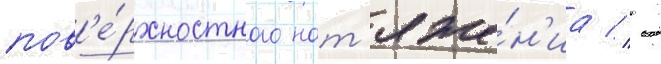
пов'е́рхностного нат'яже́н'иа // -